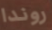
روندا